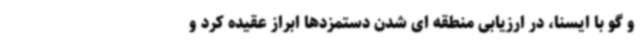
و گو با ایسنا، در ارزیابی منطقه ای شدن دستمزدها ابراز عقیده کرد و